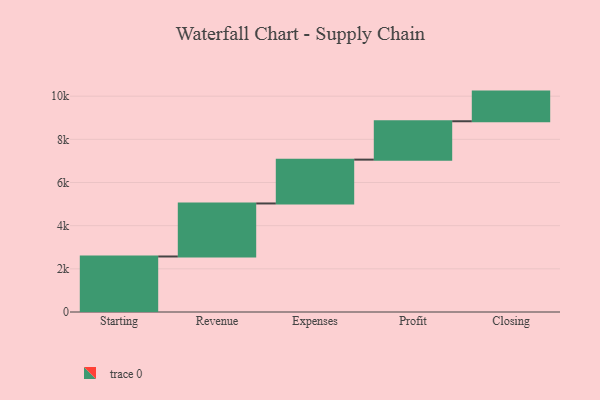
{"axis": {"x": "Step", "y": "Value"}, "legend": [""], "data": [{"x": "Starting", "y": 2572.0, "type": ""}, {"x": "Revenue", "y": 2457.0, "type": ""}, {"x": "Expenses", "y": 2031.0, "type": ""}, {"x": "Profit", "y": 1778.0, "type": ""}, {"x": "Closing", "y": 1374.0, "type": ""}]}